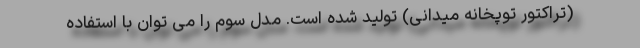
(تراکتور توپخانه میدانی) تولید شده است. مدل سوم را می توان با استفاده